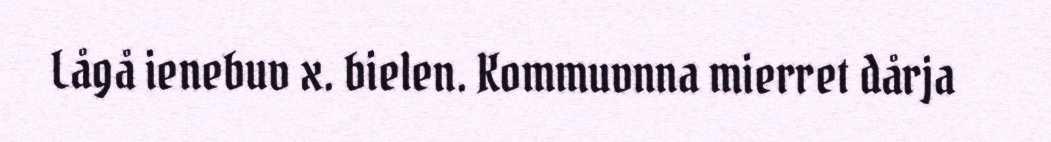
Lågå ienebuv x. bielen. Kommuvnna mierret dårja